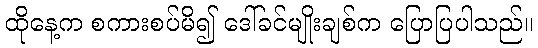
ထိုနေ့က စကားစပ်မိ၍ ဒေါ်ခင်မျိုးချစ်က ပြောပြပါသည်။